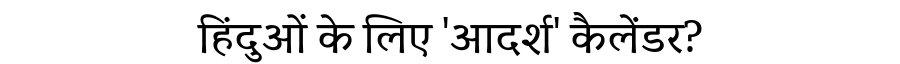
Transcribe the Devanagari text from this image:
हिंदुओं के लिए 'आदर्श' कैलेंडर?